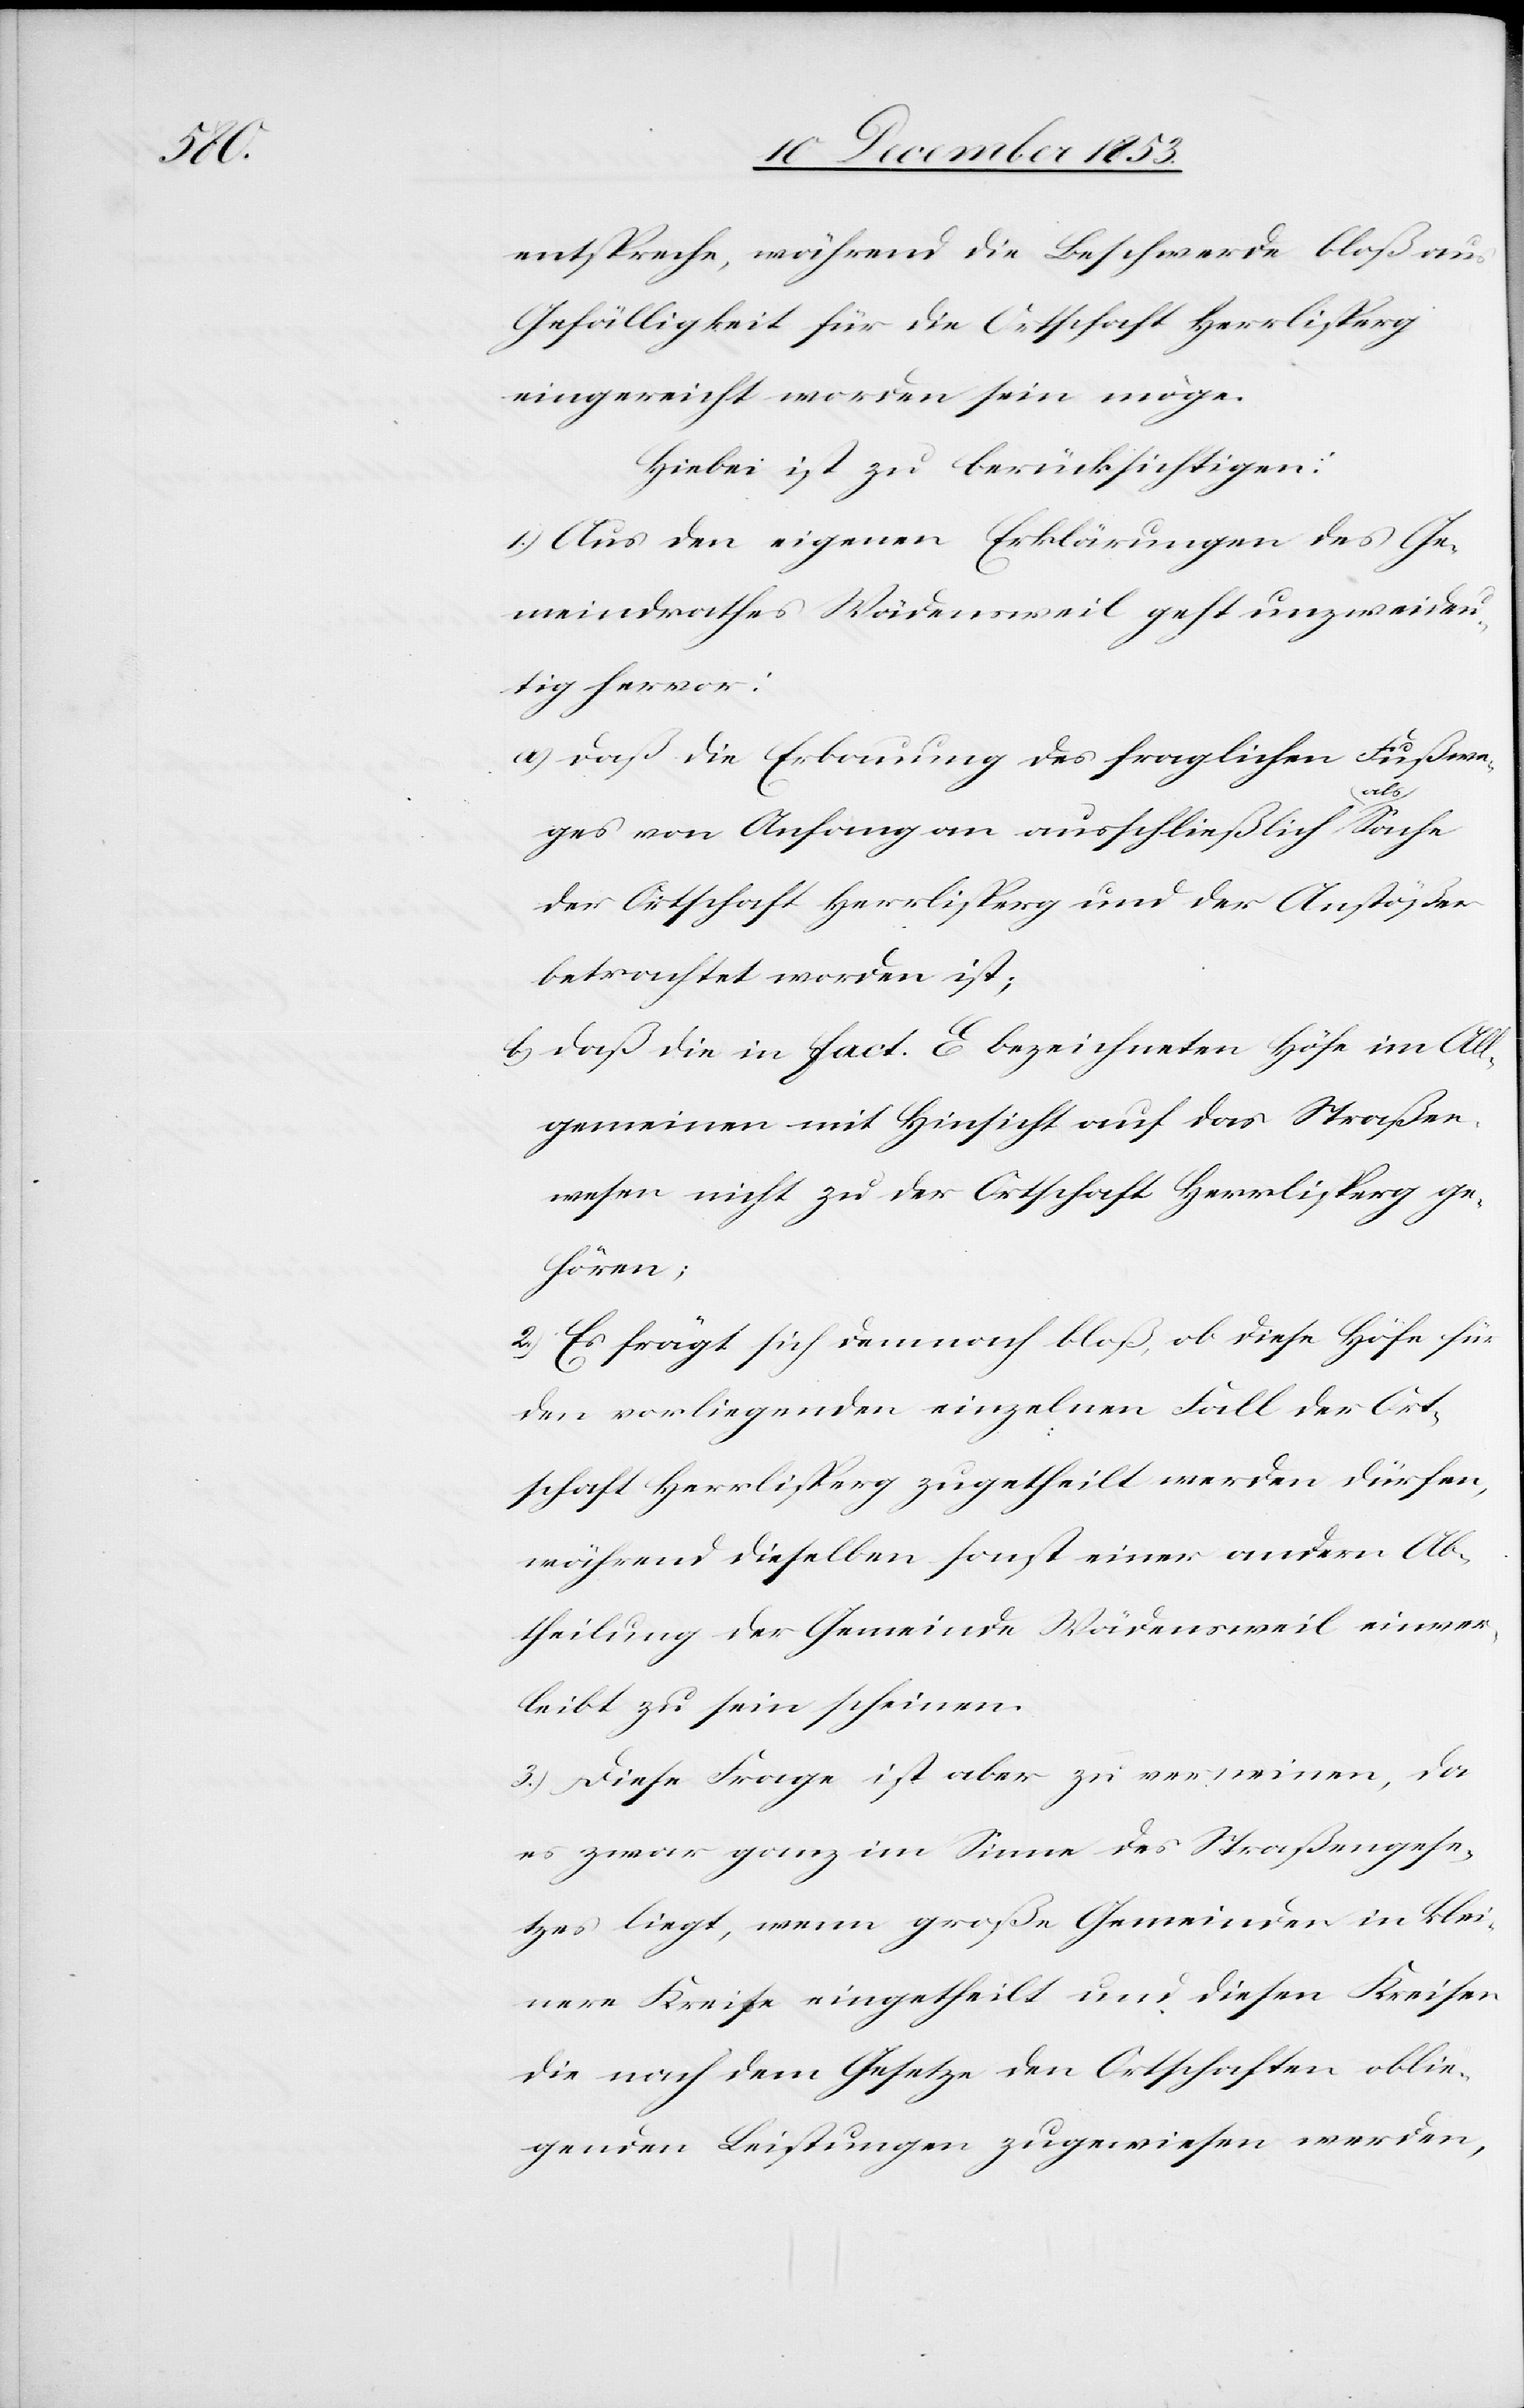
entspreche, während die Beschwerde bloß aus
Gefälligkeit für die Ortschaft Herrlisperg
eingereicht worden sein möge.
Hiebei ist zu berücksichtigen:
1.) Aus den eigenen Erklärungen des Ge¬
meindrathes Wädensweil geht unzweideu¬
tig hervor:
a) daß die Erbauung des fraglichen Fußwe¬
ges von Anfang an ausschließlich als Sache
der Ortschaft Herrlisperg und der Anstößer
betrachtet worden ist;
b) daß die in fact. E bezeichneten Höfe im All¬
gemeinen mit Hinsicht auf das Straßen¬
wesen nicht zu der Ortschaft Herrlisperg ge¬
hören;
2.) Es frägt sich demnach bloß, ob diese Höfe für
den vorliegenden einzelnen Fall der Ort¬
schaft Herrlisperg zugetheilt werden dürfen,
während dieselben sonst einer andern Ab¬
theilung der Gemeinde Wädensweil einver¬
leibt zu sein scheinen.
3.) Diese Frage ist aber zu verneinen, da
es zwar ganz im Sinne des Straßengese¬
tzes liegt, wenn große Gemeinden in klei¬
nere Kreise eingetheilt und diesen Kreisen
die nach dem Gesetze den Ortschaften oblie¬
genden Leistungen zugewiesen werden,